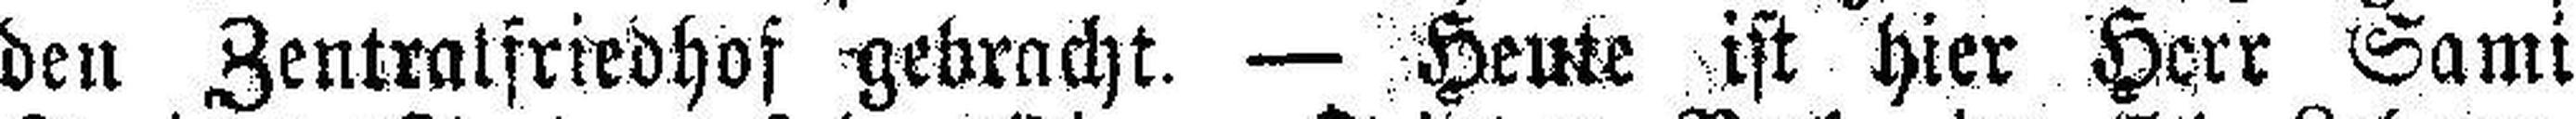
den Zentralfriedhof gebracht. — Heute ist hier Herr Sami